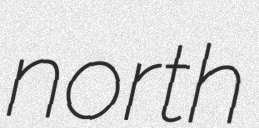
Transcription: north